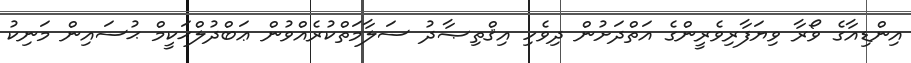
އިންޑިއާގެ ވޯރާ ވިޔަފާރިވެރީންގެ އަތްދަށުން ދިވެހި އިޤްތިޞާދު ސަލާމަތްކުރެއްވުން ޢަބްދުލްޙަކީމް ޙުސައިން މަނިކު